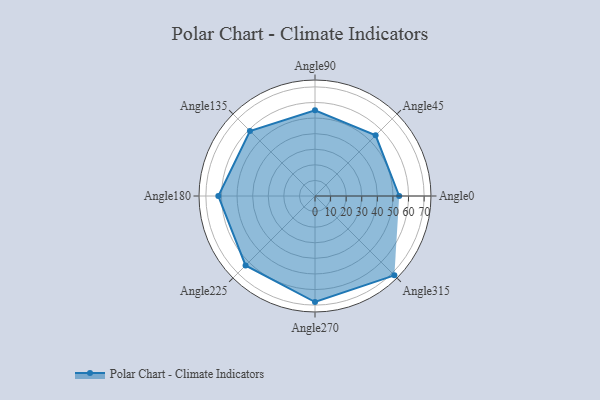
{"axis": {"x": "Angle", "y": "Radius"}, "legend": [""], "data": [{"x": "Angle0", "y": 54.0, "type": ""}, {"x": "Angle45", "y": 55.0, "type": ""}, {"x": "Angle90", "y": 55.0, "type": ""}, {"x": "Angle135", "y": 59.0, "type": ""}, {"x": "Angle180", "y": 62.0, "type": ""}, {"x": "Angle225", "y": 63.0, "type": ""}, {"x": "Angle270", "y": 68.0, "type": ""}, {"x": "Angle315", "y": 72.0, "type": ""}]}